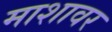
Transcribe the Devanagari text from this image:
माशावर